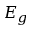
E _ { g }